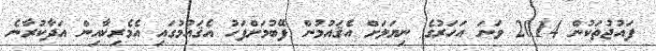
ފައުޖުތަކުން 2014 ވަނަ އަހަރުގެ ނިޔަލަށް އެޤައުމުން ފޭބުމަށްފަހު އެޤައުމުގައި އެމެރިކާއިން އަދާކުރާނެ